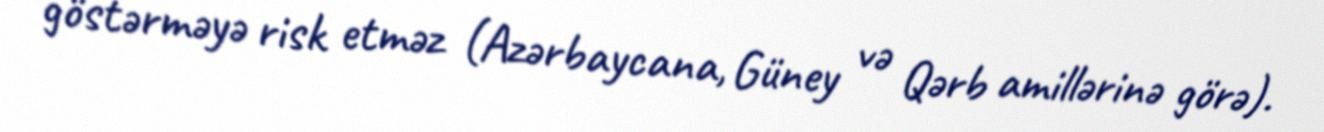
göstərməyə risk etməz (Azərbaycana, Güney və Qərb amillərinə görə).